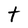
Character: t